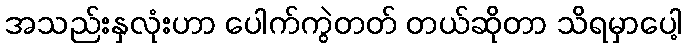
အသည်းနှလုံးဟာ ပေါက်ကွဲတတ် တယ်ဆိုတာ သိရမှာပေါ့